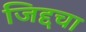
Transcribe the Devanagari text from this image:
जिद्दचा